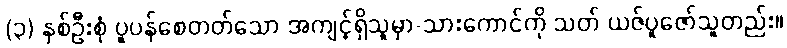
(၃) နှစ်ဦးစုံ ပူပန်စေတတ်သော အကျင့်ရှိသူမှာ-သားကောင်ကို သတ် ယဇ်ပူဇော်သူတည်း။